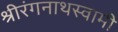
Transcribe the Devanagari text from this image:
श्रीरंगनाथस्वामी